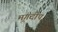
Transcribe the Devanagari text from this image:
मृगदीप